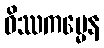
ဝိဿကမ္မေန